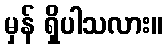
မှန် ရှိပါသလား။